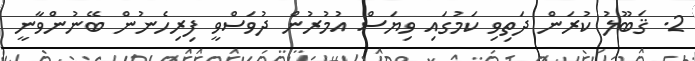
2. ޤަބޫލު ކުރަން ދަތިވި ކަމުގައި ވިޔަސް އުމުރުން ދުވަސްވީ ފިރިހެނުން ބޭނުންވާނީ